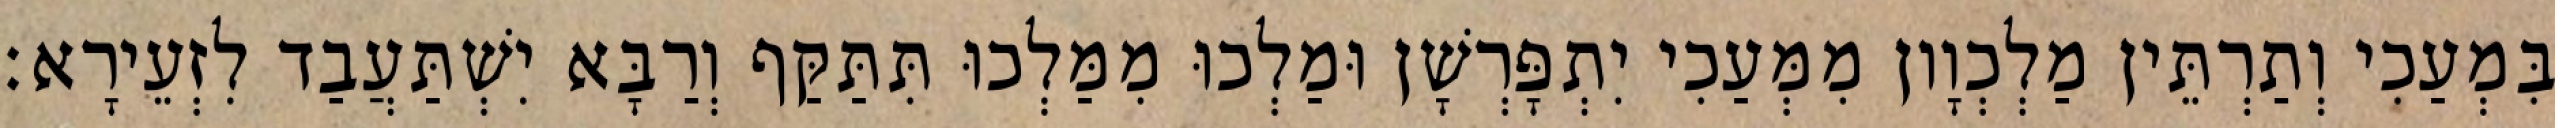
בִּמְעַכִי וְתַרְתֵּין מַלְכְוָון מִמְּעַכִי יִתְפָּרְשָׁן וּמַלְכוּ מִמַּלְכוּ תִּתַּקַּף וְרַבָּא יִשְׁתַּעֲבַד לִזְעֵירָא׃